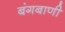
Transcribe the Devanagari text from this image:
बंगबाणी